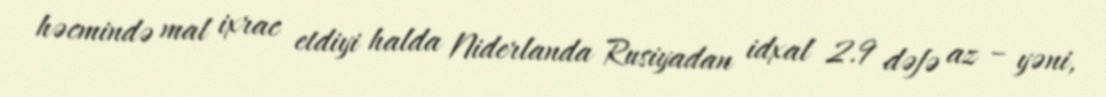
həcmində mal ixrac etdiyi halda Niderlanda Rusiyadan idxal 2.9 dəfə az – yəni,